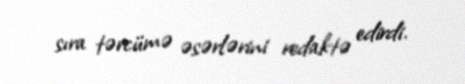
sıra tərcümə əsərlərini redaktə edirdi.